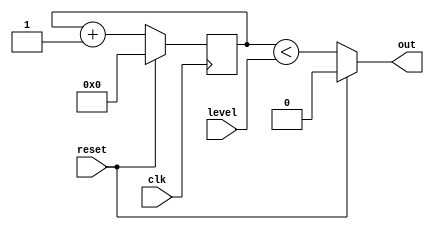
`default_nettype none
`timescale 1ns/1ns
module hsv_pwm #(
    parameter WIDTH = 8,
    parameter INVERT = 0
    ) (
    input wire clk,
    input wire reset,
    output wire out,
    input wire [WIDTH-1:0] level
    );

    reg [WIDTH-1:0] count;
    wire pwm_on = count < level;

    always @(posedge clk) begin
        if(reset)
            count <= 1'b0;
        else
            count <= count + 1'b1;
    end

    assign out = reset ? 1'b0:
        INVERT == 1'b0 ? pwm_on : ! pwm_on;

endmodule